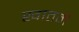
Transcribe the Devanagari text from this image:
खातमें